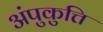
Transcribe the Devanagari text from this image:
अंपुकुत्ति